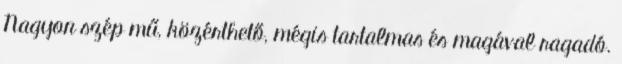
Nagyon szép mű, közérthető, mégis tartalmas és magával ragadó.